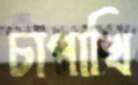
চাপাখি